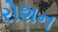
રોશન